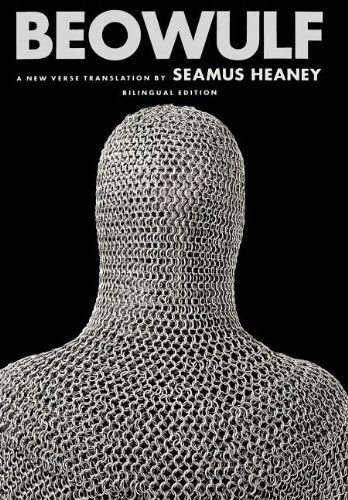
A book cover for Beowulf: A New Verse Translation; Literature & Fiction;